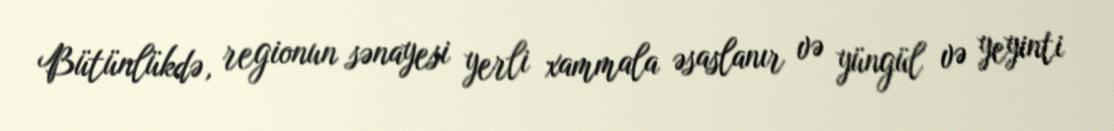
Bütünlükdə, regionun sənayesi yerli xammala əsaslanır və yüngül və yeyinti